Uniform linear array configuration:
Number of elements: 48
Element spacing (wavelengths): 0.25
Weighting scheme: uniform
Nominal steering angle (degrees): -45
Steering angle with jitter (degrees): -46.011
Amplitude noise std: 0.05
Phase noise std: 0.05

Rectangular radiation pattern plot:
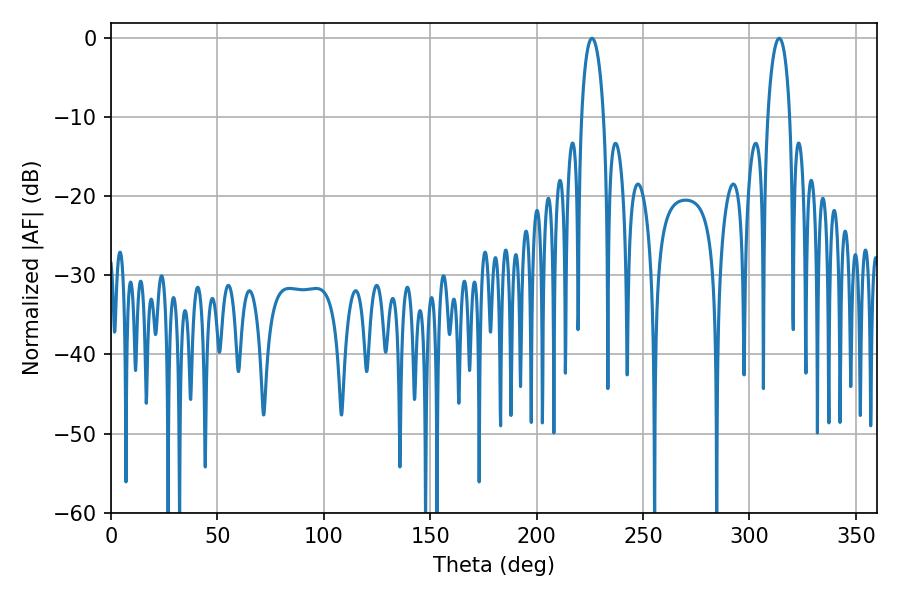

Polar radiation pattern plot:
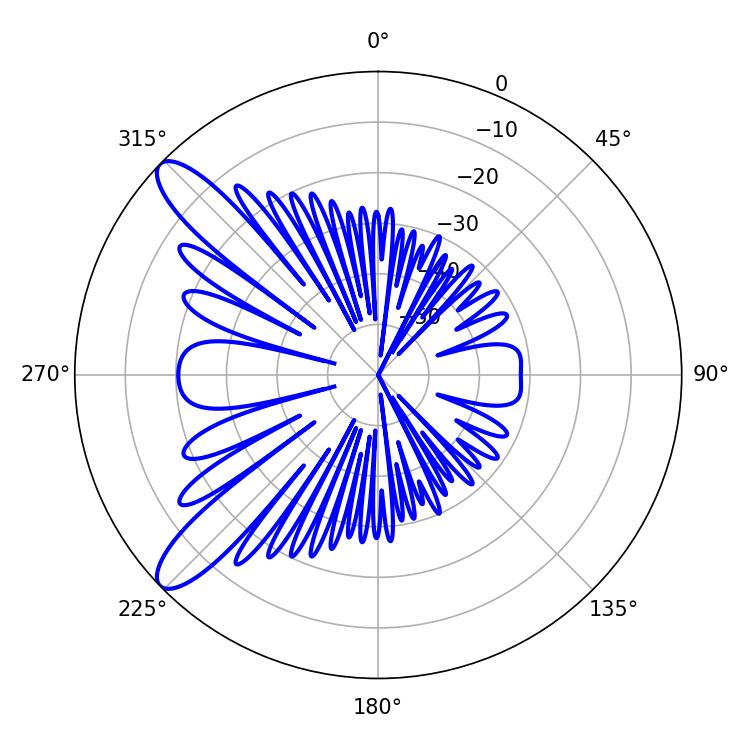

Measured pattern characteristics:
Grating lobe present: FALSE
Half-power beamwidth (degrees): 5.94
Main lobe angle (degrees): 313.92